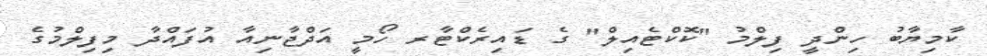
ކާމިޔާބު ހިންދީ ފިލްމު "ކޮކްޓެއިލް" ގެ ޑައިރެކްޓާރ ހޯމީ އަދްޖާނިއާ އުފައްދާ މިފިލްމުގެ